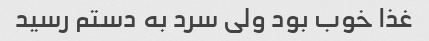
غذا خوب بود ولی سرد به دستم رسید